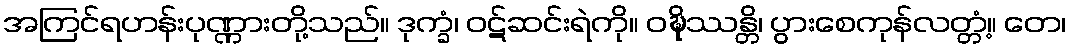
အကြင်ရဟန်းပုဏ္ဏားတို့သည်။ ဒုက္ခံ၊ ဝဋ်ဆင်းရဲကို။ ဝဍ္ဎိဿန္တိ၊ ပွားစေကုန်လတ္တံ့။ တေ၊